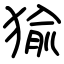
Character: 㺄